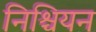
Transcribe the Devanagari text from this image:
निश्चियन